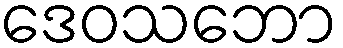
ဒေဝသဘော